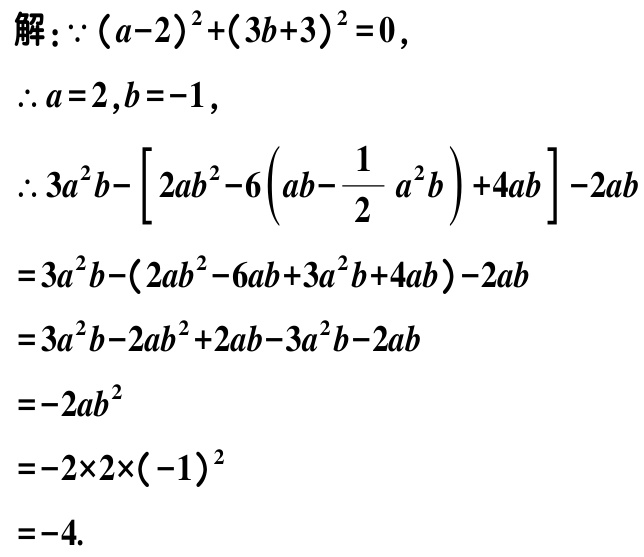
解：\(\because (a - 2)^2 + (3b + 3)^2 = 0\)，

\(\therefore a = 2, b = -1\)，

\(\therefore 3a^{2}b-\left[2ab^{2}-6\left(ab - \frac{1}{2}a^{2}b\right)+4ab\right]-2ab\)

\(=3a^{2}b-(2ab^{2}-6ab + 3a^{2}b + 4ab)-2ab\)

\(=3a^{2}b - 2ab^{2} + 2ab - 3a^{2}b - 2ab\)

\(=-2ab^{2}\)

\(=-2\times2\times(-1)^{2}\)

\(=-4\).